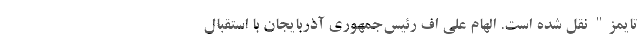
تایمز" نقل شده است. الهام علی اف رئیس‌جمهوری آذربایجان با استقبال